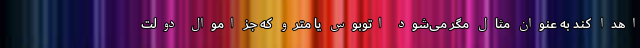
اهدا کند به عنوان مثال مگر می‌شود اتوبوس یا مترو که جز اموال دولت